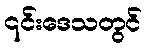
၎င်းဒေသတွင်